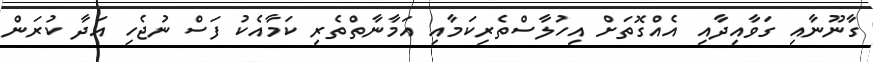
ގާނޫނާއި ގަވާއިދާއި އެއްގޮތަށް އިހުލާސްތެރިކަމާއި އަމާނާތްތެރި ކަމާއެކު ފަސް ނުޖެހި އަދާ ކުރަން